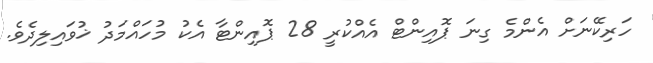
ހަރިކޭނަށް އެންމެ ގިނަ ޕޮއިންޓް އެއްކުރީ 28 ޕޮއިންޓާ އެކު މުހައްމަދު ޚުވައިލިދެވެ.